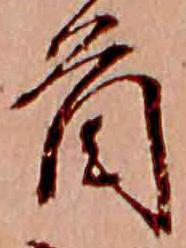
首